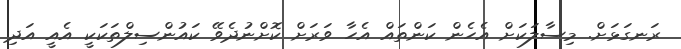
ރަނގަޅަށް. މިސާލަކަށް އެހެން ކަންތައް އެހާ ވަރަށް ކޮށްނުދެވޭ ކައުންސިލްތަކަކީ އެއީ އަދި